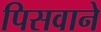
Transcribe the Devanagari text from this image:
पिसवाने